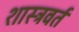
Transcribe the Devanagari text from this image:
शास्त्रवर्त